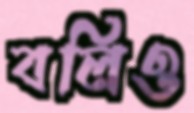
বলিও